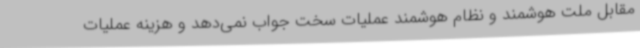
مقابل ملت هوشمند و نظام هوشمند عملیات سخت جواب نمی‌دهد و هزینه عملیات